NAE_ERA_R-2362_Emakeele_Selts, lk 90
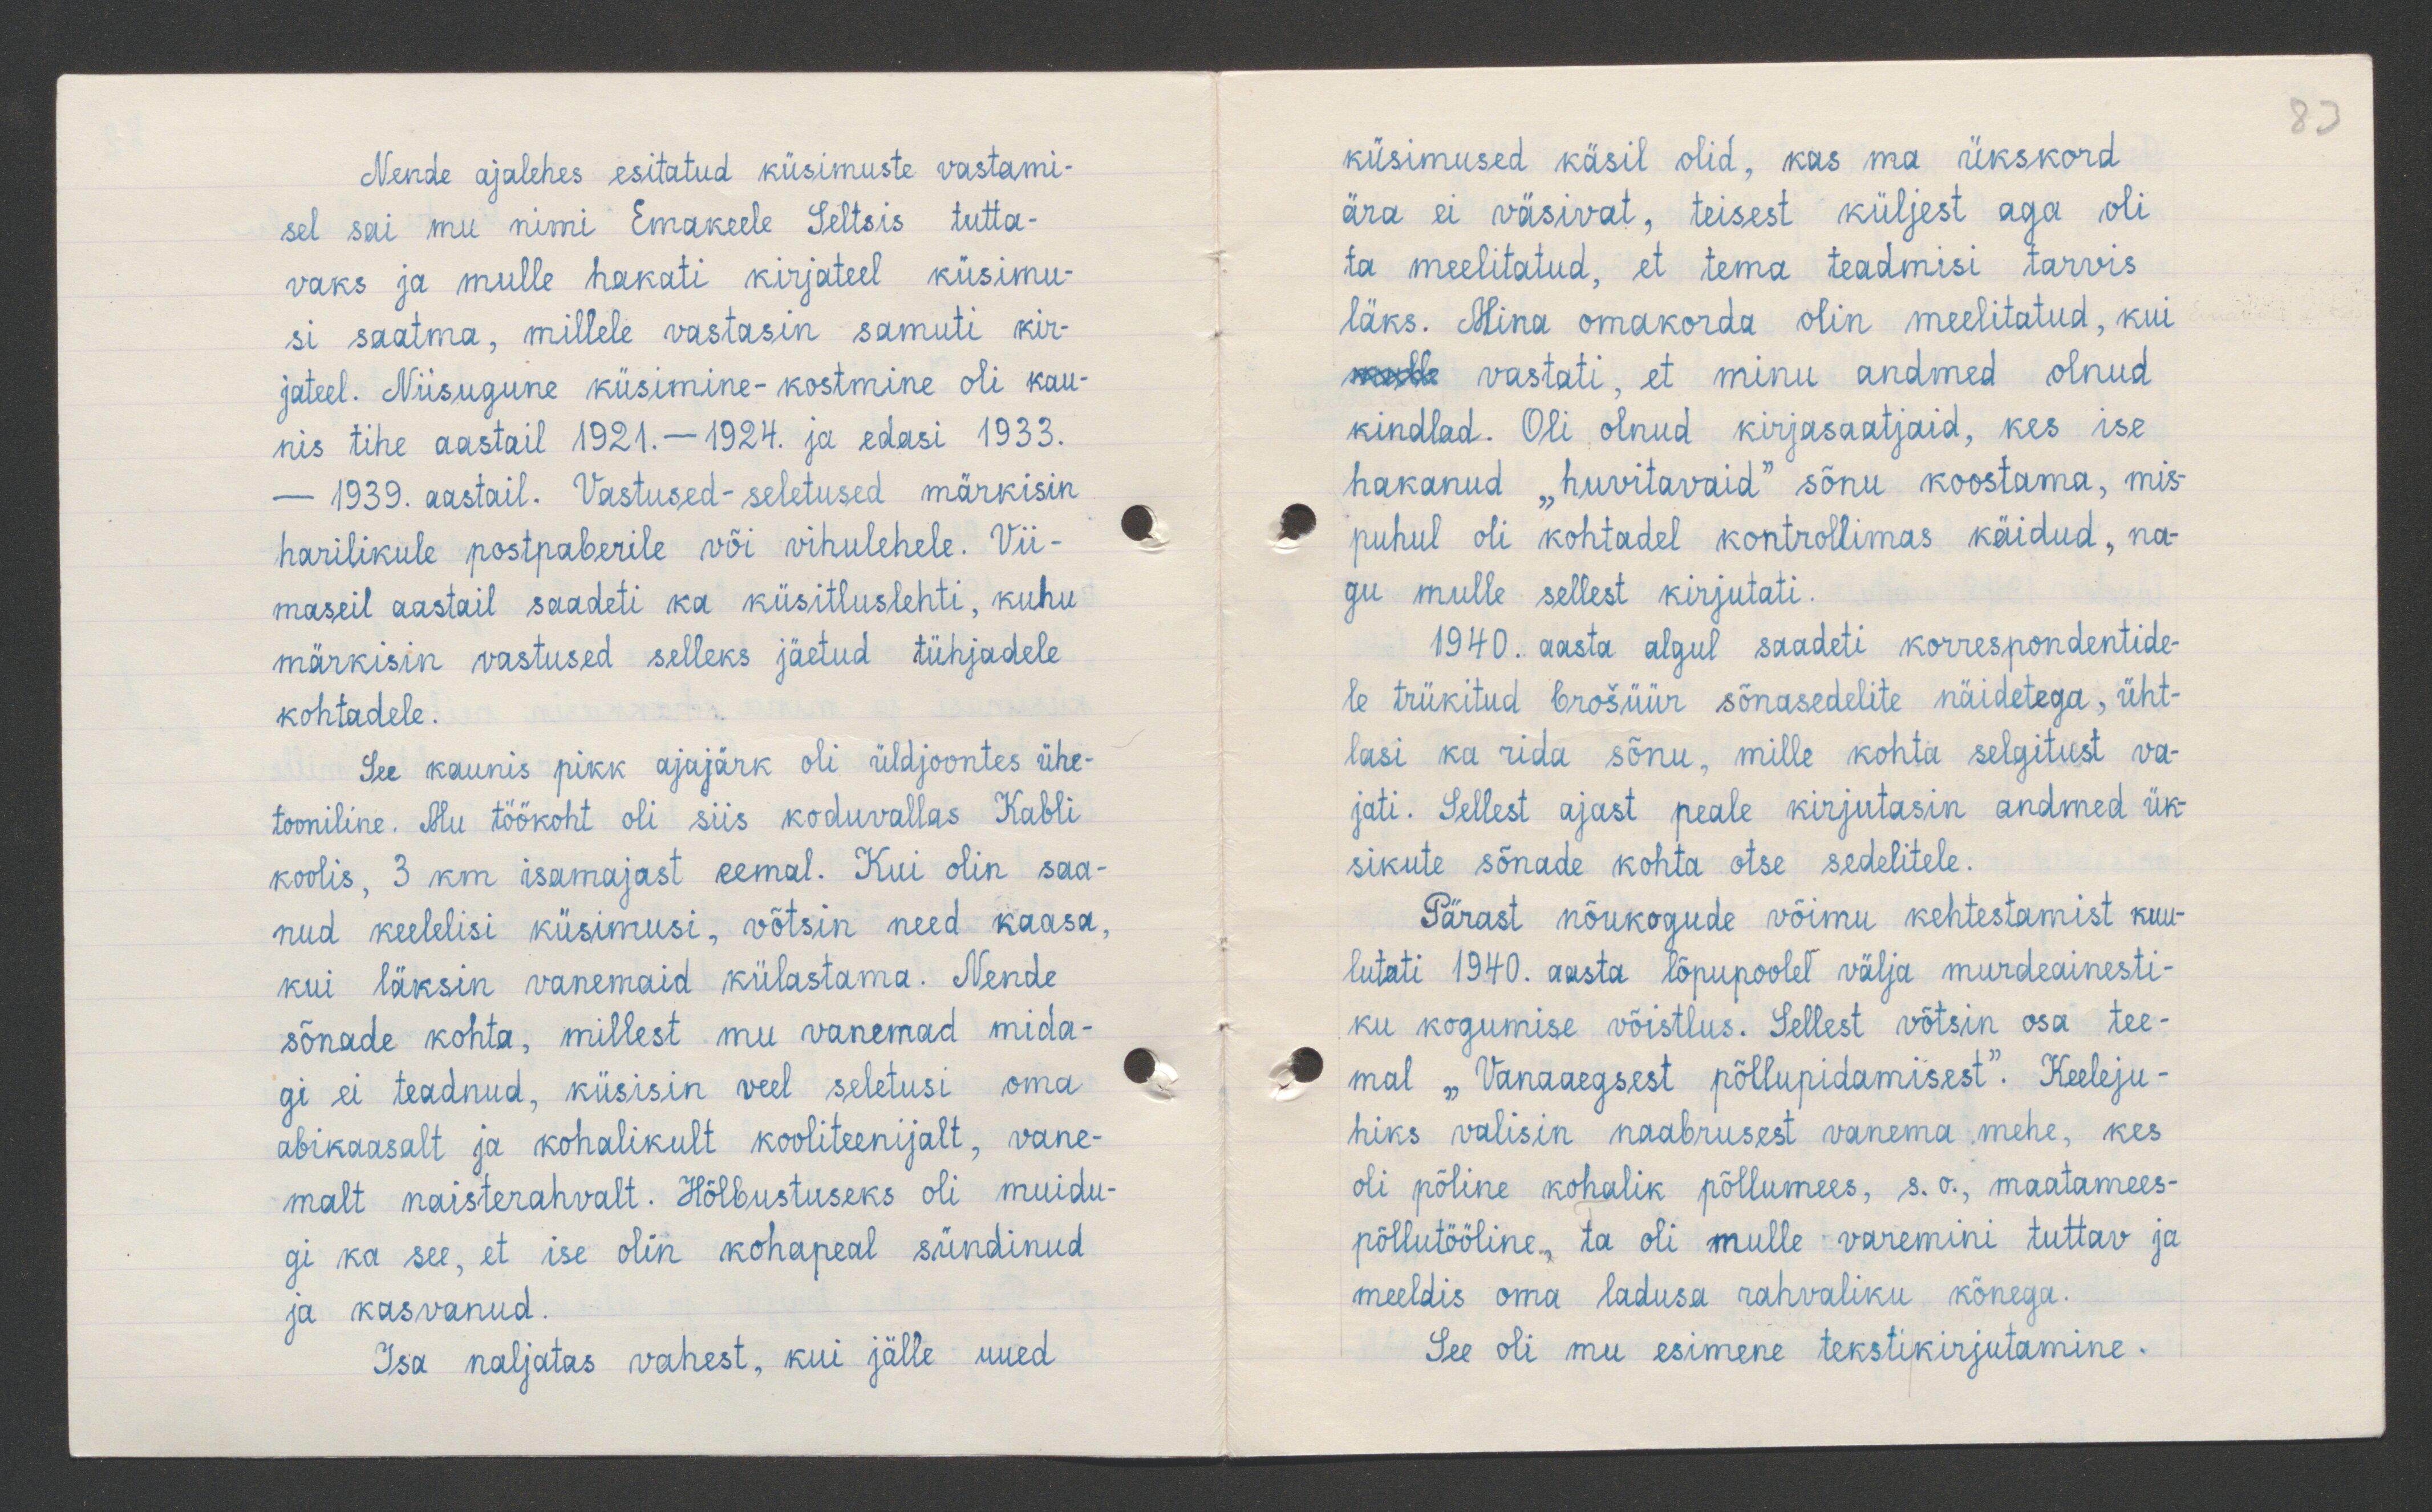
83

Nende ajalehes esitatud küsimuste vastami-
sel sai mu nimi Emakeele Seltsis tutta-
vaks ja mulle hakati kirjateel küsimu-
si saatma, millele vastasin samuti kir-
jateel. Niisugune küsimine-kostmine oli kau-
nis tihe aastail 1921. - 1924. ja edasi 1933.
- 1939. aastail. Vastused-seletused märkisin
harilikule postpaberile või vihulehele. Vii-
maseil aastail saadeti ka küsitluslehti, kuhu
märkisin vastused selleks jäetud tühjadele
kohtadele.
See kaunis pikk ajajärk oli üldjoontes ühe-
tooniline. Mu töökoht oli siis koduvallas Kabli
koolis, 3 km isamajast eemal. Kui olin saa-
nud keelelisi küsimusi, võtsin need kaasa,
kui läksin vanemaid külastama. Nende
sõnade kohta, millest mu vanemad mida-
gi ei teadnud, küsisin veel seletusi oma
abikaasalt ja kohalikult kooliteenijalt, vane-
malt naisterahvalt. Hõlbustuseks oli muidu-
gi ka see, et ise olin kohapeal sündinud
ja kasvanud.
Isa naljatas vahest, kui jälle uued

küsimused käsil olid, kas ma ükskord
ära ei väsivat, teisest küljest aga oli
ta meelitatud, et tema teadmisi tarvis
läks. Mina omakorda olin meelitatud, kui
vastati, et minu andmed olnud
kindlad. Oli olnud kirjasaatjaid, kes ise
hakanud "huvitavaid" sõnu koostama, mis
puhul oli kohtadel kontrollimas käidud, na-
gu mulle sellest kirjutati.
1940. aasta algul saadeti korrespondentide-
le trükitud brošüür sõnasedelite näidetega, üht-
lasi ka rida sõnu, mille kohta selgitust va-
jati. Sellest ajast peale kirjutasin andmed ük-
sikute sõnade kohta otse sedelitele.
Pärast nõukogude võimu kehtestamist kuu-
lutati 1940. aasta lõpupoolel välja murdeainesti-
ku kogumise võistlus. Sellest võtsin osa tee-
mal "Vanaaegsest põllupidamisest". Keeleju-
hiks valisin naabrusest vanema mehe, kes
oli põline kohalik põllumees, s.o., maatamees-
põllutööline, ta oli mulle varemini tuttav ja
meeldis oma ladusa rahvaliku kõnega.
See oli mu esimene tekstikirjutamine.